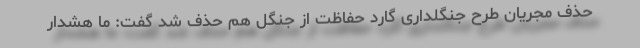
حذف مجریان طرح جنگلداری گارد حفاظت از جنگل هم حذف شد گفت: ما هشدار